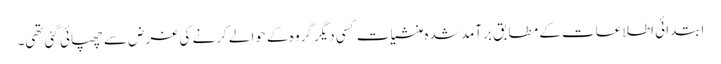
ابتدائی اطلاعات کے مطابق برآمد شدہ منشیات کسی دیگر گروہ کے حوالے کرنے کی غرض سے چھپائی گئی تھی۔